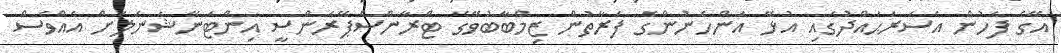
އޭގެ ފަހުން އެސަރަޙައްދުގައި އުޅޭ އަންހެނުންގެ ފަރާތުން ޒިމްބާބުވޭގެ ޓްރާންސްޕޭރެންސީ އިންޓަނޭޝަނަލަށް އެއްވެސް